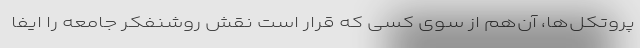
پروتکل‌ها، آن‌هم از سوی کسی که قرار است نقش روشنفکر جامعه را ایفا